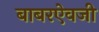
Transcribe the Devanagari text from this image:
बाबरऐवजी